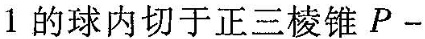
1的球内切于正三棱锥P-